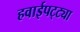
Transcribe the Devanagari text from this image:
हवाईपट्ट्या